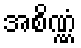
အစိဏ္ဏံ